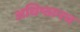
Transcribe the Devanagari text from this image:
अधिष्ठानच